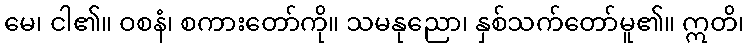
မေ၊ ငါ၏။ ဝစနံ၊ စကားတော်ကို။ သမနုညော၊ နှစ်သက်တော်မူ၏။ ဣတိ၊